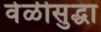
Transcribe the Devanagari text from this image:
वेळीसुद्धा